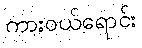
ကားဝယ်ရောင်း